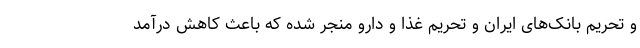
و تحریم بانک‌های ایران و تحریم غذا و دارو منجر شده که باعث کاهش درآمد